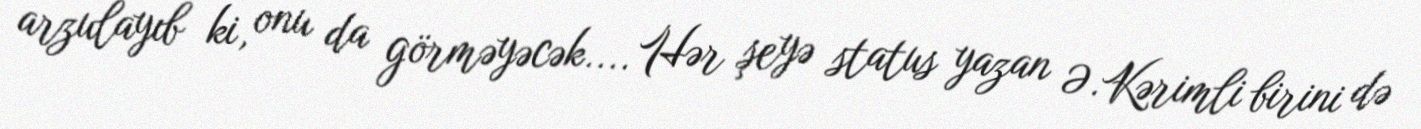
arzulayıb ki, onu da görməyəcək.... Hər şeyə status yazan Ə.Kərimli birini də